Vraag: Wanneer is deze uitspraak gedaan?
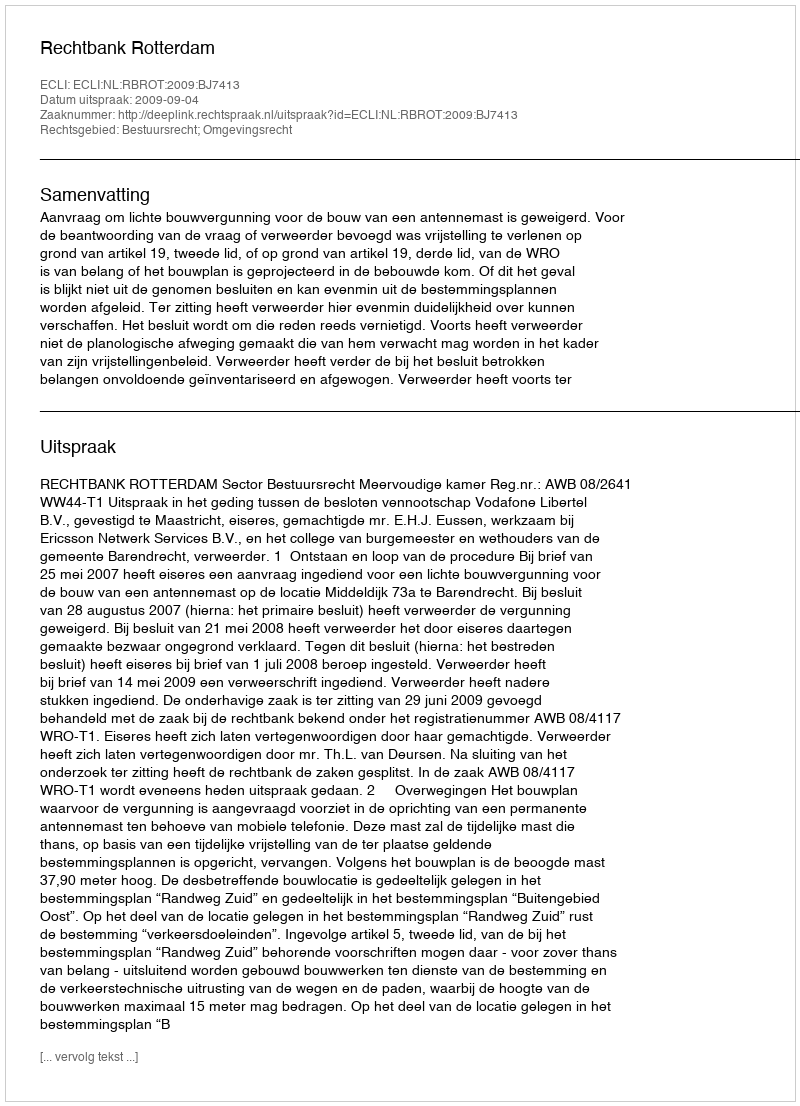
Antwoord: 2009-09-04